Annual report of the Imperial Bacteriologist
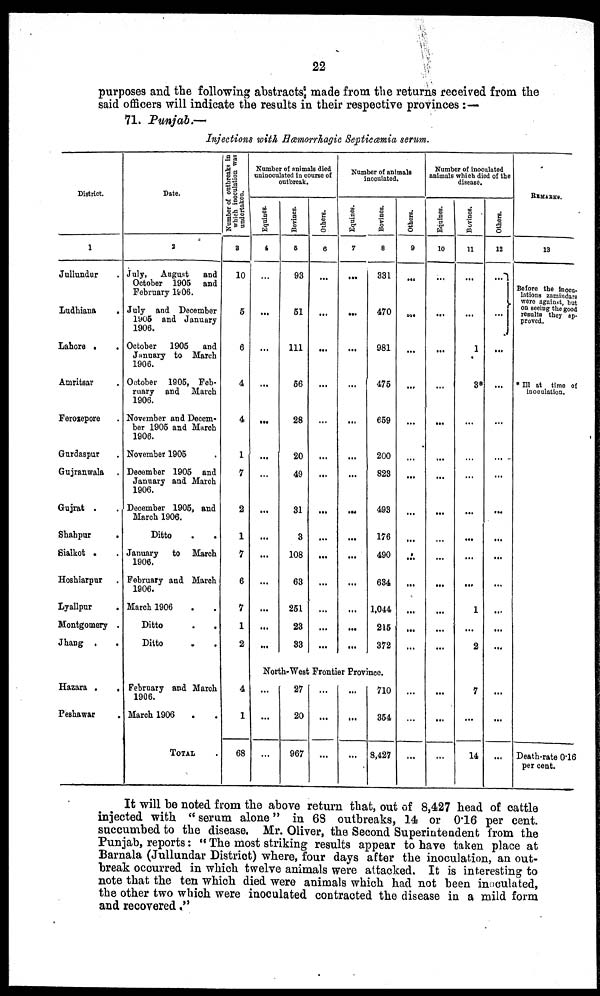
22
purposes and the following abstracts made from the returns received from the
said officers will indicate the results in their respective provinces :—
71. Punjab.—
Injections with Hæmorrhagic Septicæmia serum.
District.
1
Jullundur
Ludhiana
.
Lahore .
Amritsar
Ferozepore
Gurdaspur
Gujranwala
Gujrat .
Shahpur
.
Sialkot .
Hoshiarpur
Lyallpur
.
Montgomery .
Jhang .
.
Hazara .
.
Peshawar
Date.
2
July, August and
October 1905 and
February 1906.
July and December
1905 and January
1906.
October 1905 and
January to March
1906.
October 1905, Feb-
ruary and March
1906.
November and Decem-
ber 1905 and March
1906.
November 1905
December 1905 and
January and March
1906.
December 1905, and
March 1906.
Ditto
.
.
January to March
1906.
February and March
1906.
March 1906
Ditto
Ditto
.
.
February and March
1906.
March 1906
TOTAL
Number of outbreaks in
which inoculation was
undertaken.
3
10
5
6
4
4
1
7
2
1
7
6
7
1
2
4
1
68
Number of animals died
uninoculated in course of
outbreak.
Equiues.
4
...
...
...
...
. ..
...
...
...
...
...
...
...
...
...
Bovines.
5
93
51
111
56
28
20
49
31
3
108
63
251
23
33
Others.
6
...
...
...
...
...
...
...
...
...
...
...
...
...
...
Number of animals
inoculated.
Equinea.
7
...
....
...
...
...
...
...
...
...
...
...
....
...
...
Bovines.
8
331
470
981
475
659
200
823
493
176
490
634
1,044
215
372
North-West Frontier Province.
...
...
...
27
20
967
...
...
...
...
...
...
710
354
8,427
Others.
9
...
...
...
...
...
...
...
...
...
...
...
...
...
...
...
...
...
Number of inoculated
animals which died of the
disease.
Equines.
10
...
...
...
...
...
...
...
...
...
...
...
...
...
...
...
...
...
Bovines.
11
...
...
1
3*
...
...
...
...
...
...
...
1
...
2
7
...
14
Others.
12
...}
...}
....
...
...
...
...
...
...
...
...
...
...
...
...
...
...
REMARKS.
13
Before the inoca-
lations zamindars
were against, but
on seeing the good
results they ap-
proved.
* III at time of
inoculation.
Death-rate 0.16
per cent.
It will be noted from the above return that, out of 8,427 head of cattle
injected with " serum alone" in 68 outbreaks, 14 or 0.16 per cent.
succumbed to the disease. Mr. Oliver, the Second Superintendent from the
Punjab, reports: "The most striking results appear to have taken place at
Barnala (Jullundar District) where, four days after the inoculation, an out-
break occurred in which twelve animals were attacked. It is interesting to
note that the ten which died were animals which had not been inoculated,
the other two which were inoculated contracted the disease in a mild form
and recovered."